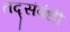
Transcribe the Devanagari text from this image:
तद्संबंधी